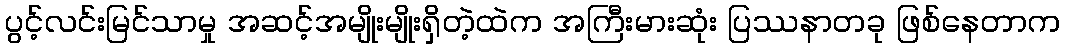
ပွင့်လင်းမြင်သာမှု အဆင့်အမျိုးမျိုးရှိတဲ့ထဲက အကြီးမားဆုံး ပြဿနာတခု ဖြစ်နေတာက